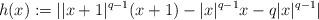
LaTeX: \begin{align*} h(x):=||x+1|^{q-1}(x+1)-|x|^{q-1}x-q|x|^{q-1}| \end{align*}